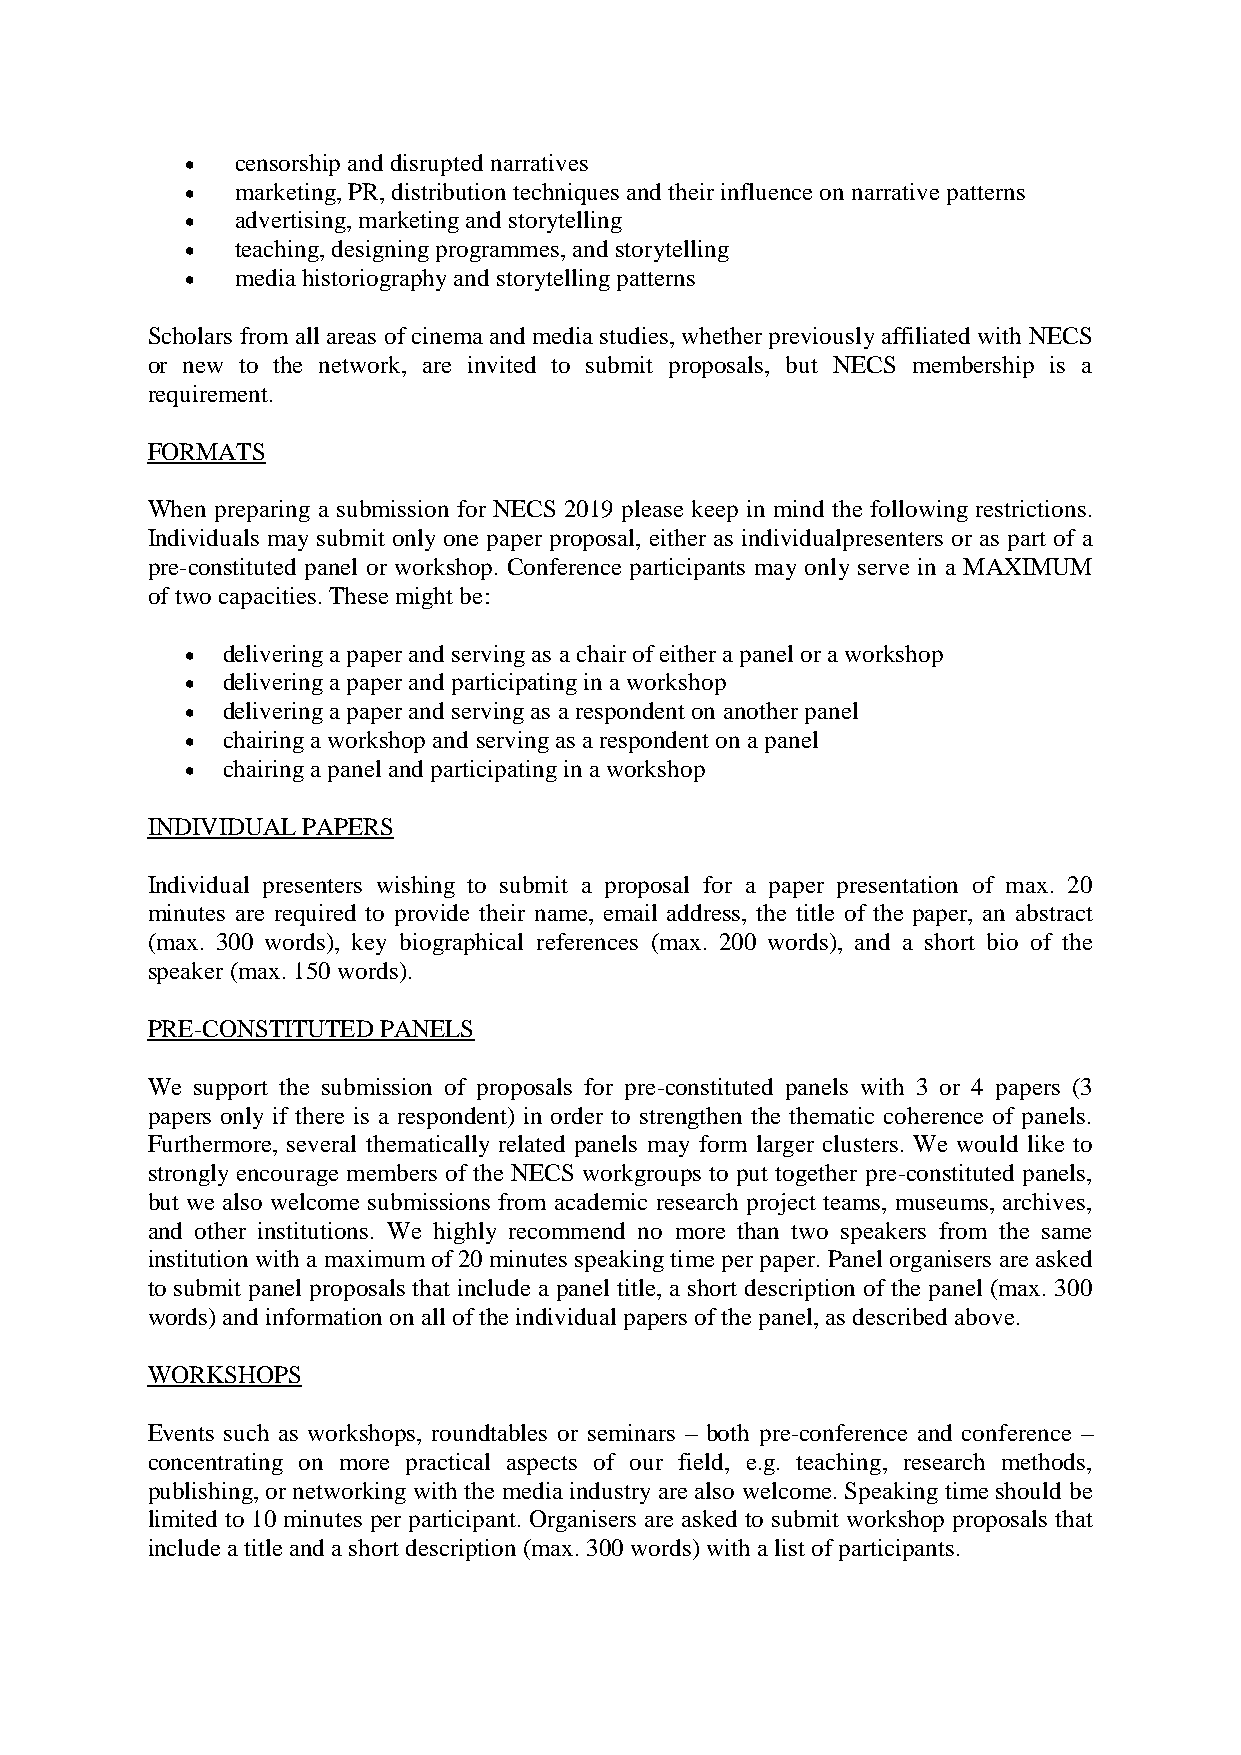
•   censorship and disrupted narratives
 •   marketing, PR, distribution techniques and their influence on narrative patterns
 •   advertising, marketing and storytelling
 •   teaching, designing programmes, and storytelling
 •   media historiography and storytelling patterns
 Scholars from all areas of cinema and media studies, whether previously affiliated with NECS
 or new to the network, are invited to submit proposals, but NECS membership is a
 requirement.
 FORMATS
 When preparing a submission for NECS 2019 please keep in mind the following restrictions.
 Individuals may submit only one paper proposal, either as individualpresenters or as part of a
 pre-constituted panel or workshop. Conference participants may only serve in a MAXIMUM
 of two capacities. These might be:
 •  delivering a paper and serving as a chair of either a panel or a workshop
 •  delivering a paper and participating in a workshop
 •  delivering a paper and serving as a respondent on another panel
 •  chairing a workshop and serving as a respondent on a panel
 •  chairing a panel and participating in a workshop
 INDIVIDUAL PAPERS
 Individual presenters wishing to submit a proposal for a paper presentation of max. 20
 minutes are required to provide their name, email address, the title of the paper, an abstract
 (max. 300 words), key biographical references (max. 200 words), and a short bio of the
 speaker (max. 150 words).
 PRE-CONSTITUTED PANELS
 We support the submission of proposals for pre-constituted panels with 3 or 4 papers (3
 papers only if there is a respondent) in order to strengthen the thematic coherence of panels.
 Furthermore, several thematically related panels may form larger clusters. We would like to
 strongly encourage members of the NECS workgroups to put together pre-constituted panels,
 but we also welcome submissions from academic research project teams, museums, archives,
 and other institutions. We highly recommend no more than two speakers from the same
 institution with a maximum of 20 minutes speaking time per paper. Panel organisers are asked
 to submit panel proposals that include a panel title, a short description of the panel (max. 300
 words) and information on all of the individual papers of the panel, as described above.
 WORKSHOPS
 Events such as workshops, roundtables or seminars – both pre-conference and conference –
 concentrating on more practical aspects of our field, e.g. teaching, research methods,
 publishing, or networking with the media industry are also welcome. Speaking time should be
 limited to 10 minutes per participant. Organisers are asked to submit workshop proposals that
 include a title and a short description (max. 300 words) with a list of participants.